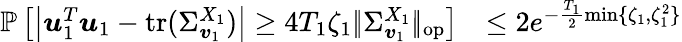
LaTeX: \begin{array}{rl}{\mathbb P\left[\left\vert\boldsymbol{u}_{1}^{T}\boldsymbol{u}_{1}-\mathrm{tr}(\Sigma_{\boldsymbol{v}_{1}}^{X_{1}})\right\vert\geq 4T_{1}\zeta_{1}|\! |\Sigma_{\boldsymbol{v}_{1}}^{X_{1}}|\! |_{\mathrm{op}}\right]}&{\leq 2e^{-\frac{T_{1}}2\operatorname*{min}\{ \zeta_{1},\zeta_{1}^{2}\} }}\end{array}